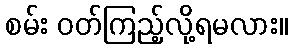
စမ်း ဝတ်ကြည့်လို့ရမလား။